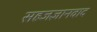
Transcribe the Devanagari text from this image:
सहजज्ञानवाद